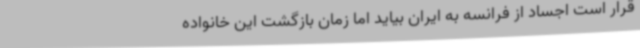
قرار است اجساد از فرانسه به ایران بیاید اما زمان بازگشت این خانواده